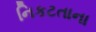
નિકટતાના